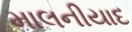
માલનીયાદ